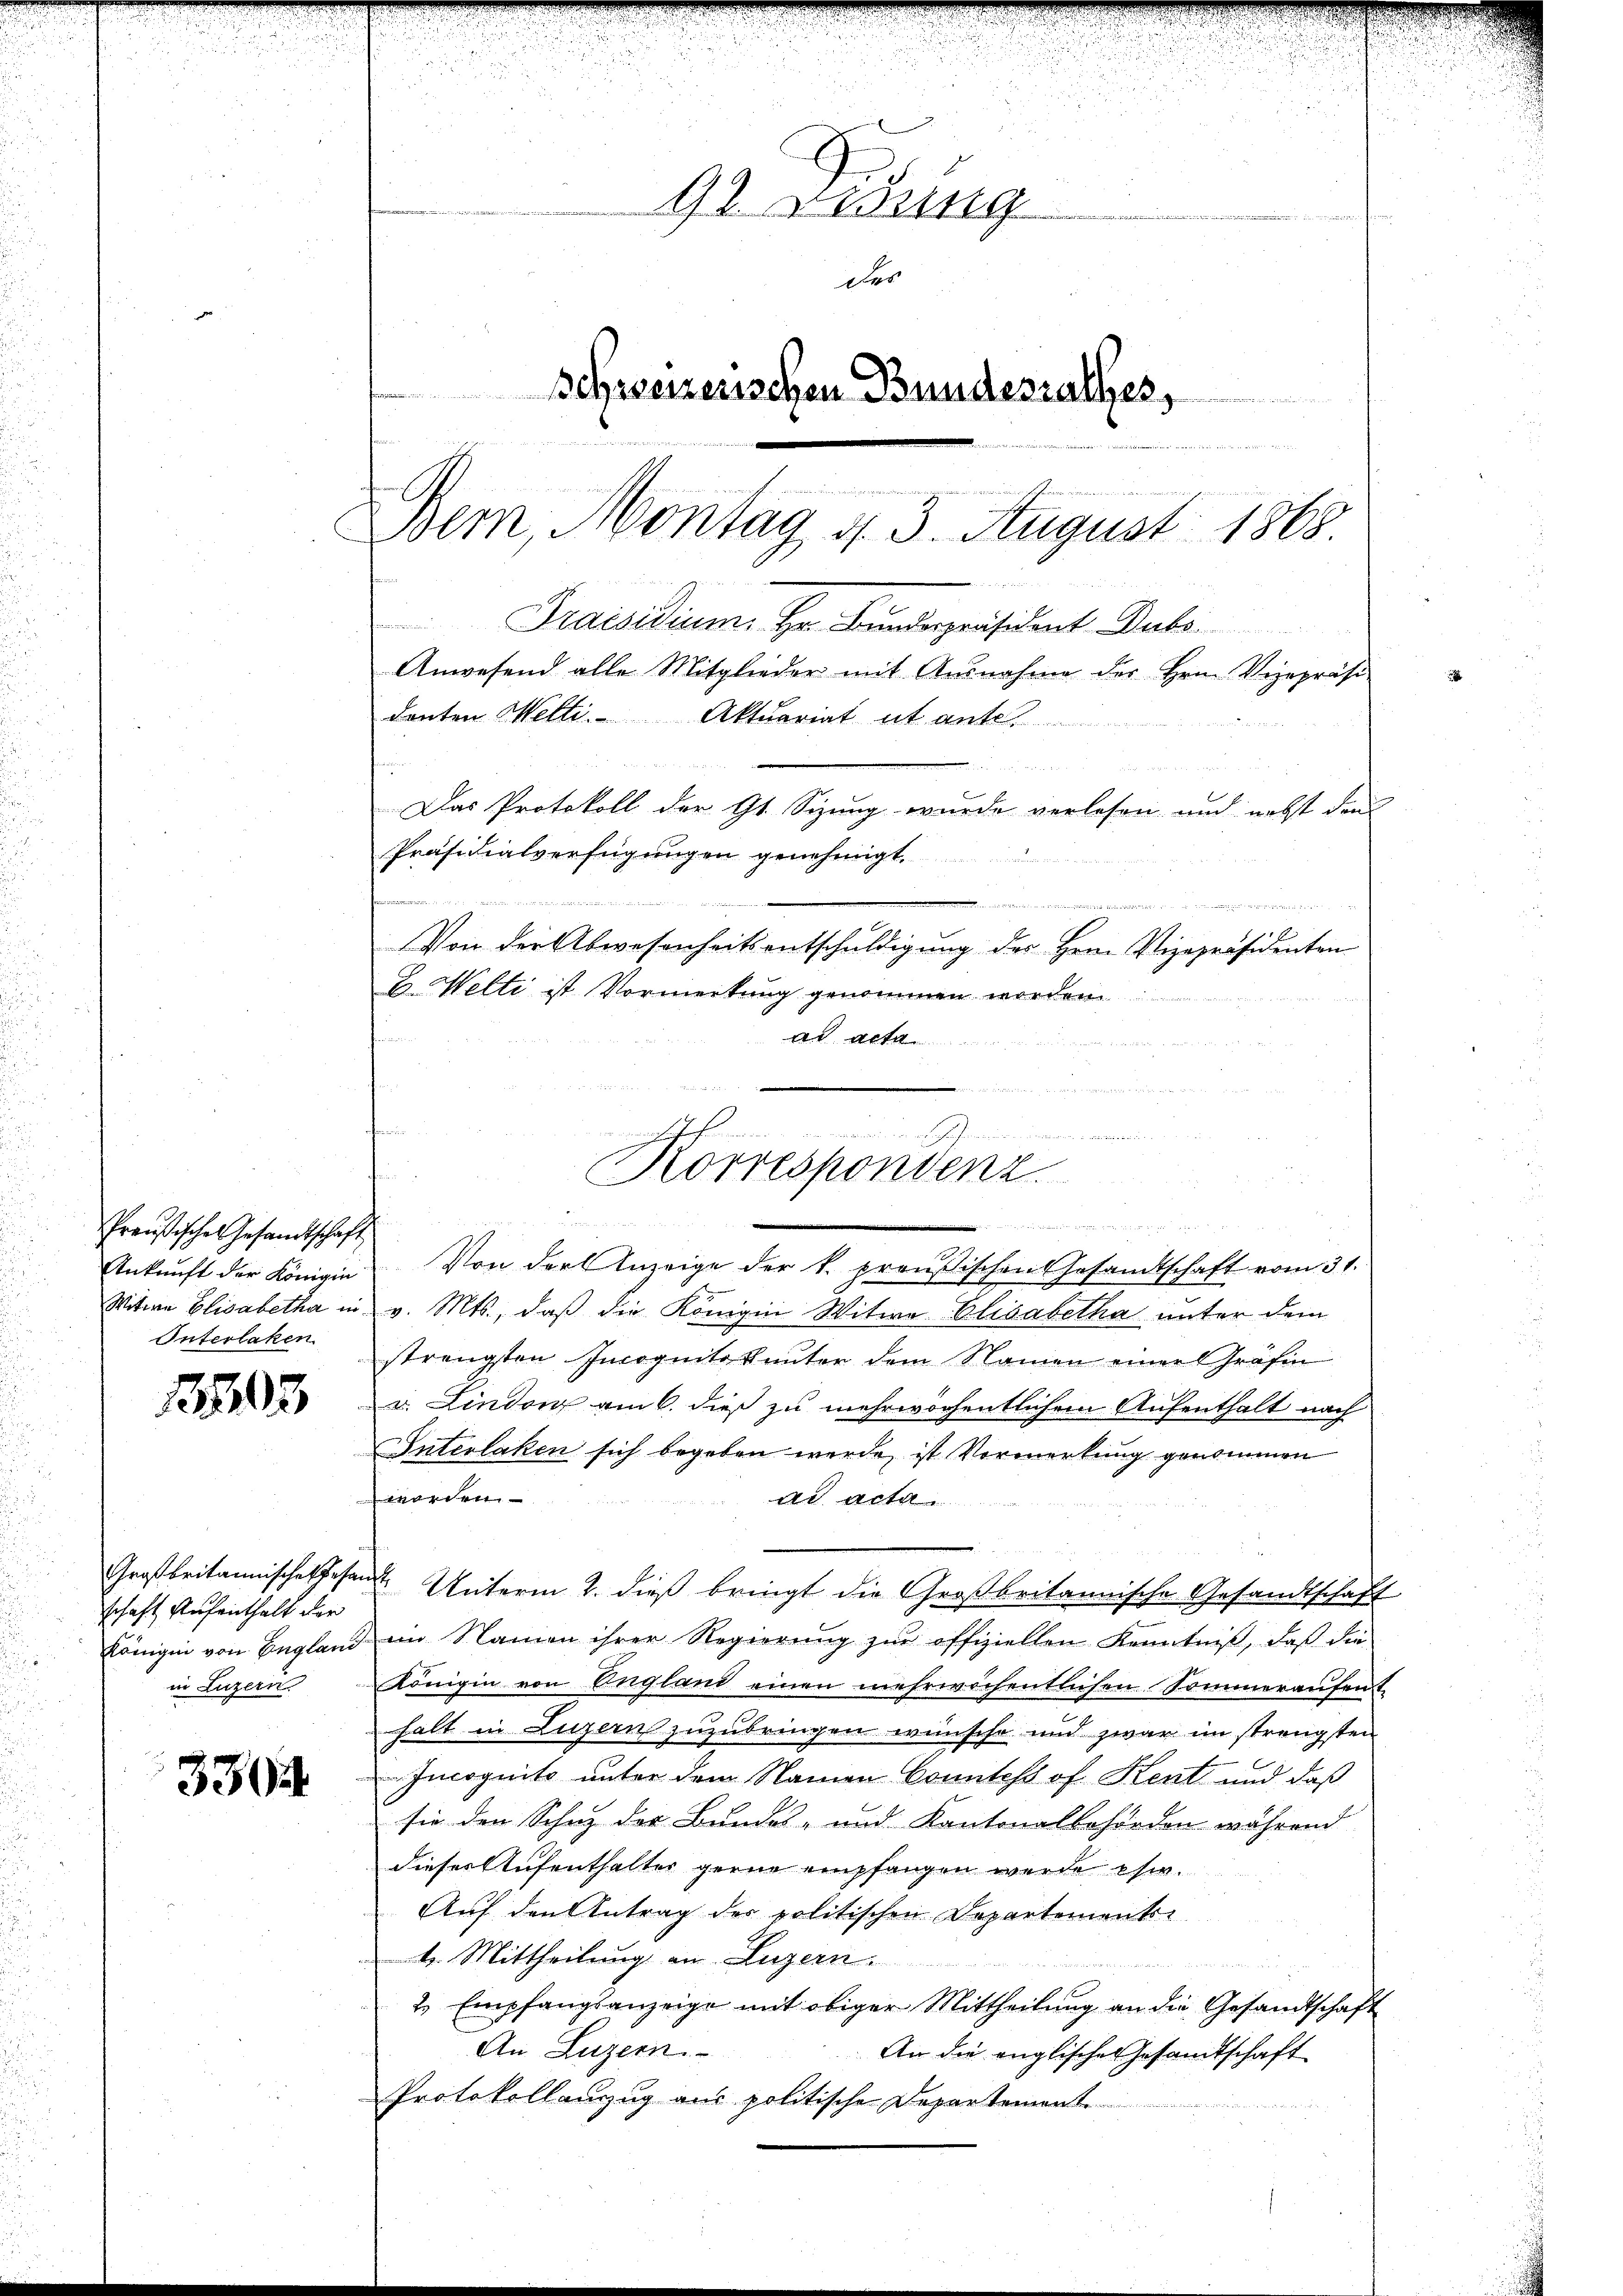
Preußisches Gesandtschaft
Ankunft der Königin
Interlaken

1503

Großbritannisches Gesan
schaft Aufenthalt der
Königii von England
in Luzern

3304

92 redung
des
Schweizerischen Bundesrathes,
  in den

Bem, Montag d. 3. August 1868
Praesidium. Hr. Bunderpräsident Dubs

denten Welti. Aktuariat ut ante.

Das Protokoll der Gs. Sizung wurde verlesen und nebst dem
Präsidialverfügungen genehmigt.
2
.
Von der Abwesenheitsentschuldigung des Herrn Vizepräsidenten
E. Welti ist Vormerkung genommen worden
d
Ad Art.
Witwe Elisabetha in v. Mts., daß die Königin Witwe Elisabetha unter dem
strengsten Incognito unter dem Namen einer Gräfin
v. Lindenz am 6. dieß zu mehrwöchentlichem Aufenthalt nach
Interlaken sich begeben werde, ist Vormerkung genommen
worden.
ad acta
 Unterm 2. dieß bringt die Großbritannische Gesandtschaft
& im Namen ihrer Regierung zŭr offiziellen Kenntniß, daß die
Königin von England einen mehrwöchentlichen Sommeraufent
halt in Luzern zuzubringen wünsche und zwar im strengsten
Incognito unter dem Namen Conntes of Kent und daß
sie den Schaz der Bundes- und Kantonalbehörden während
dieser Aufenthalter gerne empfangen werde es.
Auf den Antrag der politischen Departements
4. Mittheilung an Luzern.

2. Empfangsanzeige mit obiger Mittheilung an die Gesandtschaft
An Luzern.
An die englisches Gesandtschaft
Protokollauszzug aus politische Departement.

Anwesend alle Mitglieder mit Ausnahme des Hrn. Vizepräsi

der sei, aus der
n
Korrespondenz.

Von der Anzeige der k. preußischen Gesandtschaft vom 31.